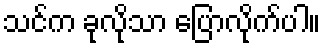
သင်က ခုလိုသာ ပြောလိုက်ပါ။